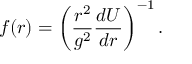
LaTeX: f ( r ) = \left( \frac { r ^ { 2 } } { g ^ { 2 } } \frac { d U } { d r } \right) ^ { - 1 } .